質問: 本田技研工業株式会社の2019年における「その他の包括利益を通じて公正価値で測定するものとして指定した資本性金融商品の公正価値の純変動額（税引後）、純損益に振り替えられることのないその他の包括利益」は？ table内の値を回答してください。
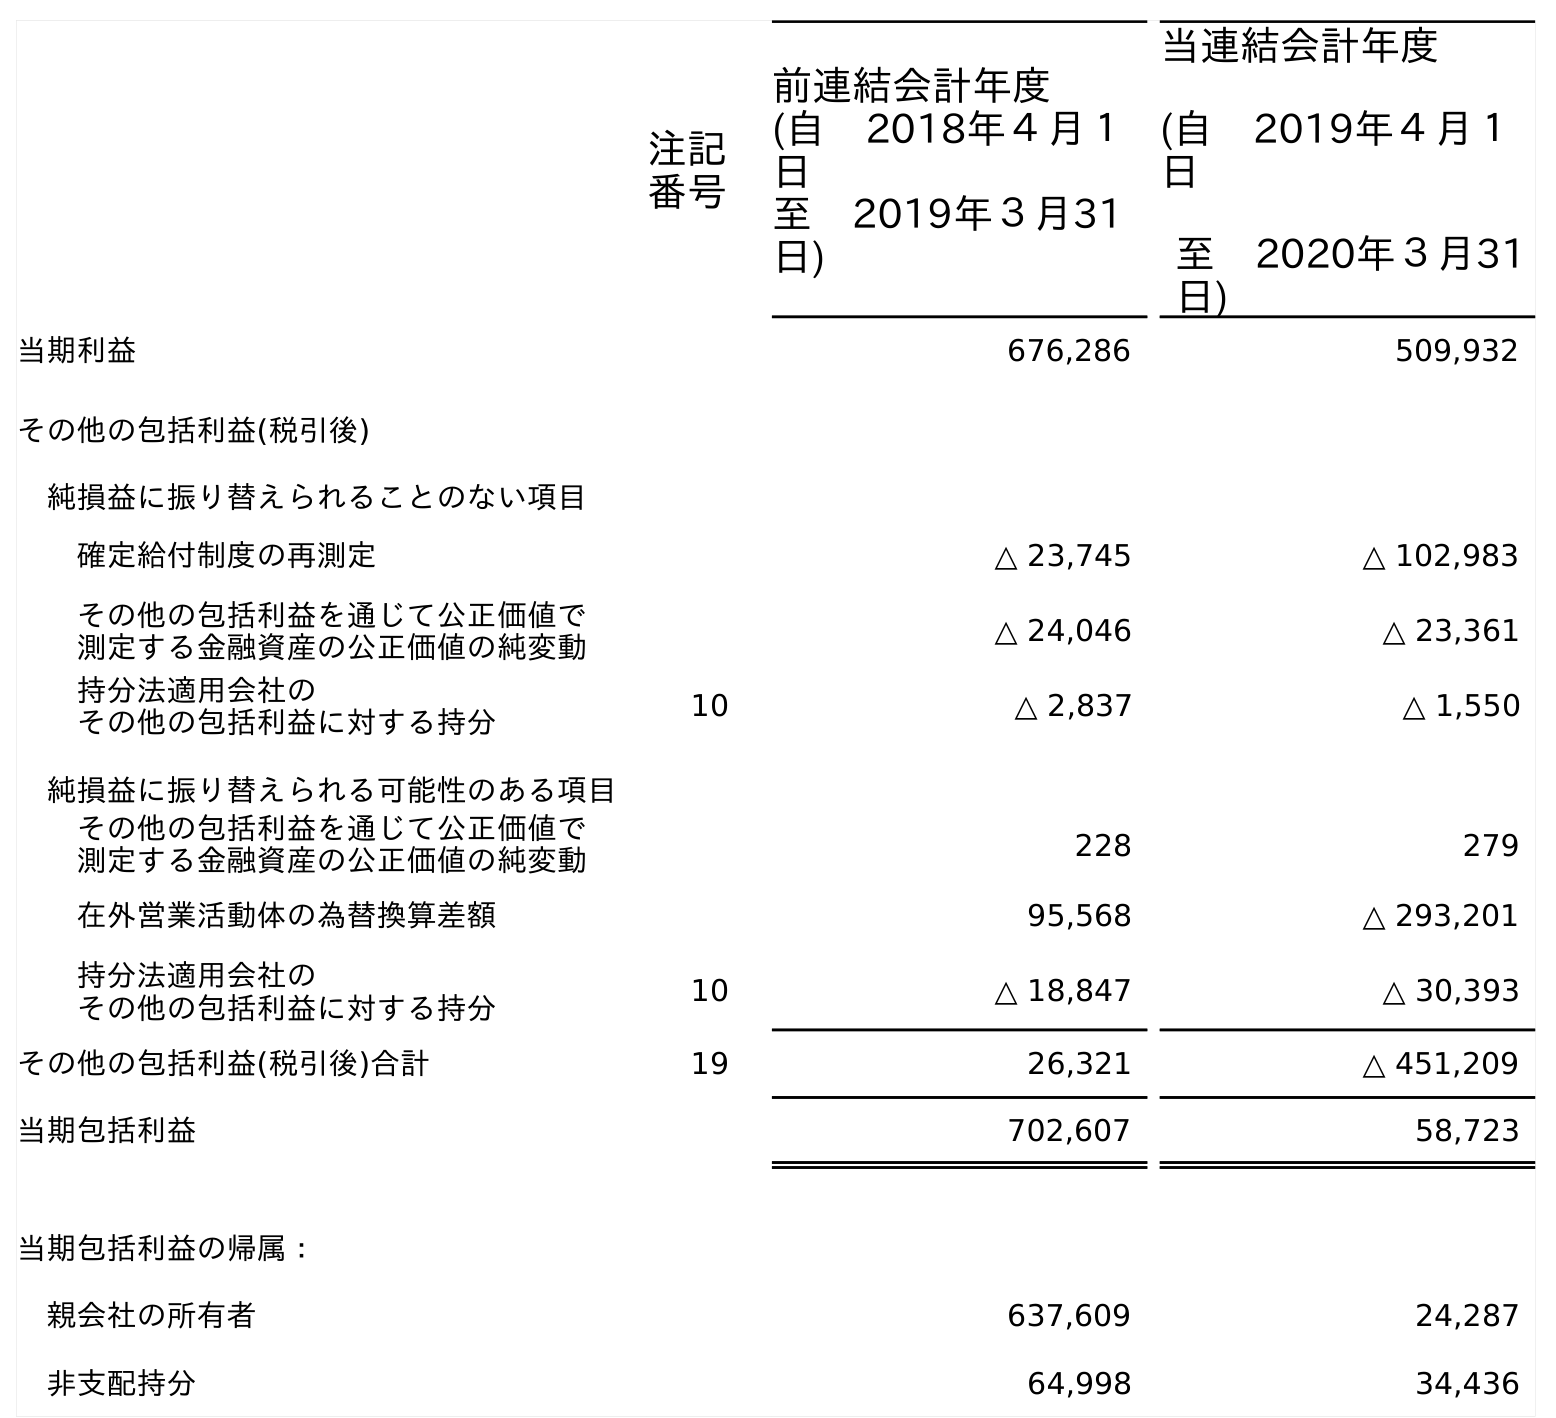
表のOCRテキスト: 注記 番号 前連結会計年度 (自 2018年４月１ 日 至 2019年３月31 日) 当連結会計年度 (自 2019年４月１ 日 至 2020年３月31 日) 当期利益 676,286 509,932 その他の包括利益(税引後) 純損益に振り替えられることのない項目 確定給付制度の再測定 △ 23,745 △ 102,983 その他の包括利益を通じて公正価値で 測定する金融資産の公正価値の純変動 △ 24,046 △ 23,361 持分法適用会社の その他の包括利益に対する持分 10 △ 2,837 △ 1,550 純損益に振り替えられる可能性のある項目 その他の包括利益を通じて公正価値で 測定する金融資産の公正価値の純変動 228 279 在外営業活動体の為替換算差額 95,568 △ 293,201 持分法適用会社の その他の包括利益に対する持分 10 △ 18,847 △ 30,393 その他の包括利益(税引後)合計 19 26,321 △ 451,209 当期包括利益 702,607 58,723 当期包括利益の帰属： 親会社の所有者 637,609 24,287 非支配持分 64,998 34,436
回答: △24,046